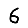
Digit: 6